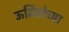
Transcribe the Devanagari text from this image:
ऊर्मिलेच्या